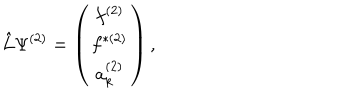
\hat { L } \Psi ^ { ( 2 ) } = \left( \begin{array} { c } { { f ^ { ( 2 ) } } } \\ { { f ^ { \ast ( 2 ) } } } \\ { { a _ { k } ^ { ( 2 ) } } } \\ \end{array} \right) ,